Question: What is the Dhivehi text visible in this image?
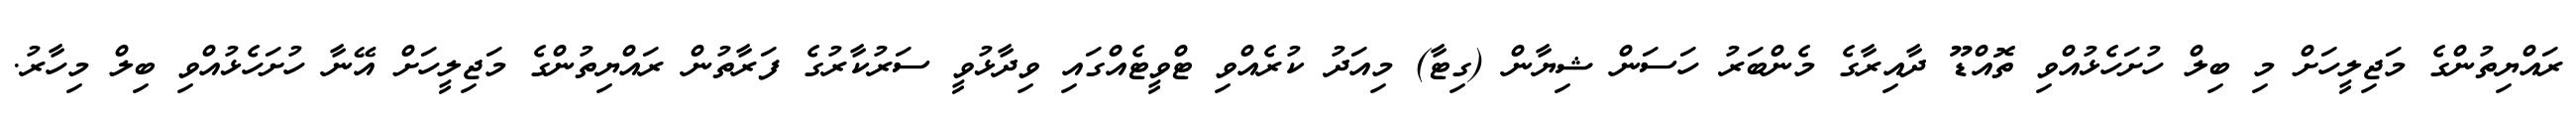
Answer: ރައްޔިތުންގެ މަޖިލީހަށް މި ބިލް ހުށަހެޅުއްވި ތޮއްޑޫ ދާއިރާގެ މެންބަރު ހަސަން ޝިޔާން (ގިޓާ) މިއަދު ކުރެއްވި ޓްވީޓެއްގައި ވިދާޅުވީ ސަރުކާރުގެ ފަރާތުން ރައްޔިތުންގެ މަޖިލީހަށް އޭނާ ހުށަހެޅުއްވި ބިލް މިހާރު.